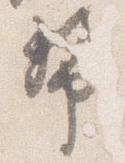
幣